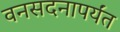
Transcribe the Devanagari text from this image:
वनसदनापर्यंत